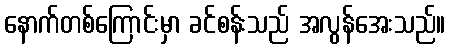
နောက်တစ်ကြောင်းမှာ ခင်စန်းသည် အလွန်အေးသည်။